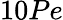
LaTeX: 10Pe